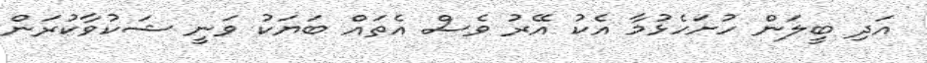
އަދި ބީލަން ހުށަހެޅުމާ އެކު އޭރު ވެސް އެތައް ބަޔަކު ވަނީ ޝަކުވާކުރަން